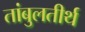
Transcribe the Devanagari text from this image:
तांबुलतीर्थ